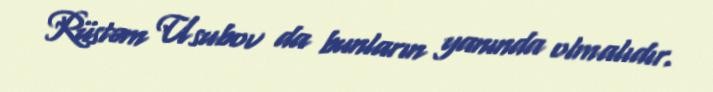
Rüstəm Usubov da bunların yanında olmalıdır.